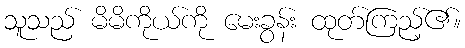
သူသည် မိမိကိုယ်ကို မေးခွန်း ထုတ်ကြည့်၏။